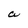
Character: a